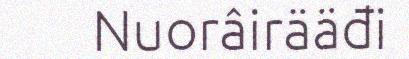
Nuorâirääđi